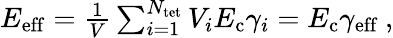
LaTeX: \begin{array}{r}{E_{\mathrm{eff}}=\frac{1}{V}\sum_{i=1}^{N_{\mathrm{tet}}}V_{i}E_{\mathrm{c}}\gamma_{i}=E_{\mathrm{c}}\gamma_{\mathrm{eff}}\: ,}\end{array}